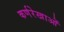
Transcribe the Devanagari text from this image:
कर्णरेखाओं